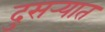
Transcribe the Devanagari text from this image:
दुसर्‍यात